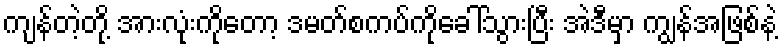
ကျန်တဲ့တို့ အားလုံးကိုတော့ ဒမတ်စကပ်ကိုခေါ်သွားပြီး အဲဒီမှာ ကျွန်အဖြစ်နဲ့